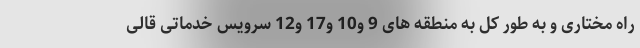
راه مختاری و به طور کل به منطقه های 9 و10 و17 و12 سرویس خدماتی قالی